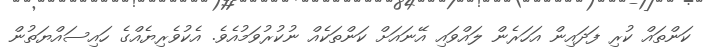
ކަންތައް ކުރި ފަދައިން އަހަރެން ލައްވައި އޭނައަށް ކަންތަކެއް ނުކުރުވަމުއެވެ. އެކުވެރިޔެއްގެ ހައިސައްޔަތުން